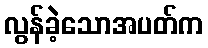
လွန်ခဲ့သောအပတ်က